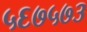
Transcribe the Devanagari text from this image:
५६७५७३